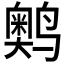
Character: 𬸩